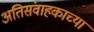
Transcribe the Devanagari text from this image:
अतिसंवाहकाच्या